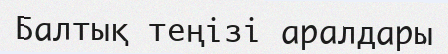
Балтық теңізі аралдары